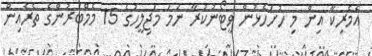
އެމެރިކާ އިން މި ހުށަހެޅުން ވީޓޯނުކުރާ ނަމަ މަޖިލީހުގެ 15 މެމްބަރުންގެ ތެރެއިން